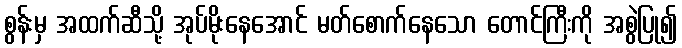
စွန်းမှ အထက်ဆီသို့ အုပ်မိုးနေအောင် မတ်စောက်နေသော တောင်ကြီးကို အစွဲပြု၍